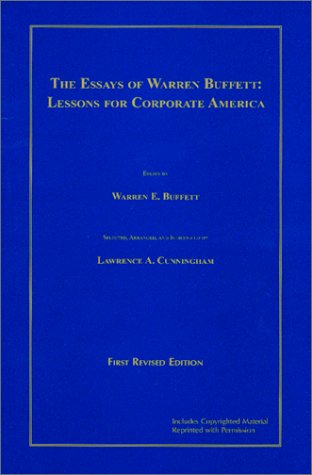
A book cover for The Essays of Warren Buffett : Lessons for Corporate America; Warren E. Buffett; Business & Money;